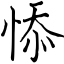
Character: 悿